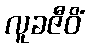
လူခဇီဝိံ